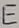
Text: E